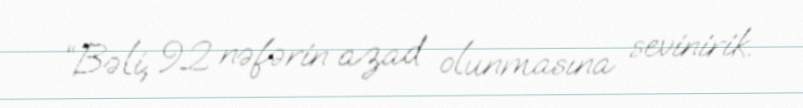
“Bəli, 92 nəfərin azad olunmasına sevinirik.